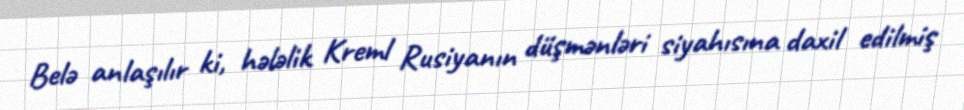
Belə anlaşılır ki, hələlik Kreml Rusiyanın düşmənləri siyahısına daxil edilmiş